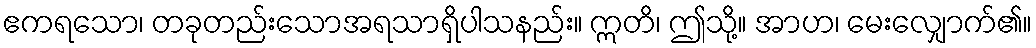
ဧကရသော၊ တခုတည်းသောအရသာရှိပါသနည်း။ ဣတိ၊ ဤသို့။ အာဟ၊ မေးလျှောက်၏။